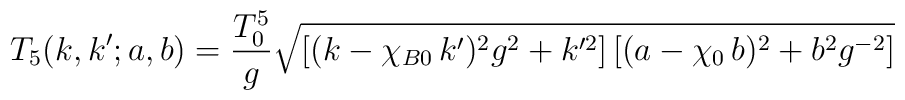
T_5(k,k';a,b) = \frac{T_0^5}{g}\sqrt{\left[(k - \chi_{B0}\, k')^2 g^2 + k'^2\right]\left[(a - \chi_0 \,b)^2 + b^2 g^{-2}\right]}